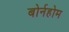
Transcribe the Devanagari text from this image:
बोर्नहोम